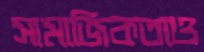
সামাজিকতাও